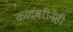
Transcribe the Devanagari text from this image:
कादंबरीनेही